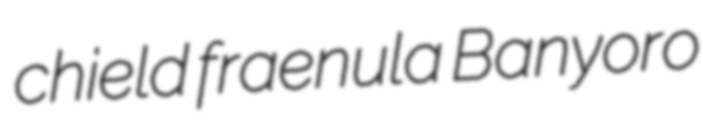
chield fraenula Banyoro